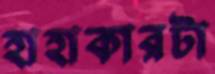
হাহাকারটা